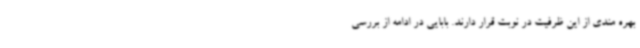
بهره مندی از این ظرفیت در نوبت قرار دارند. بابایی در ادامه از بررسی